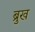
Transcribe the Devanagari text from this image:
ब्रुख